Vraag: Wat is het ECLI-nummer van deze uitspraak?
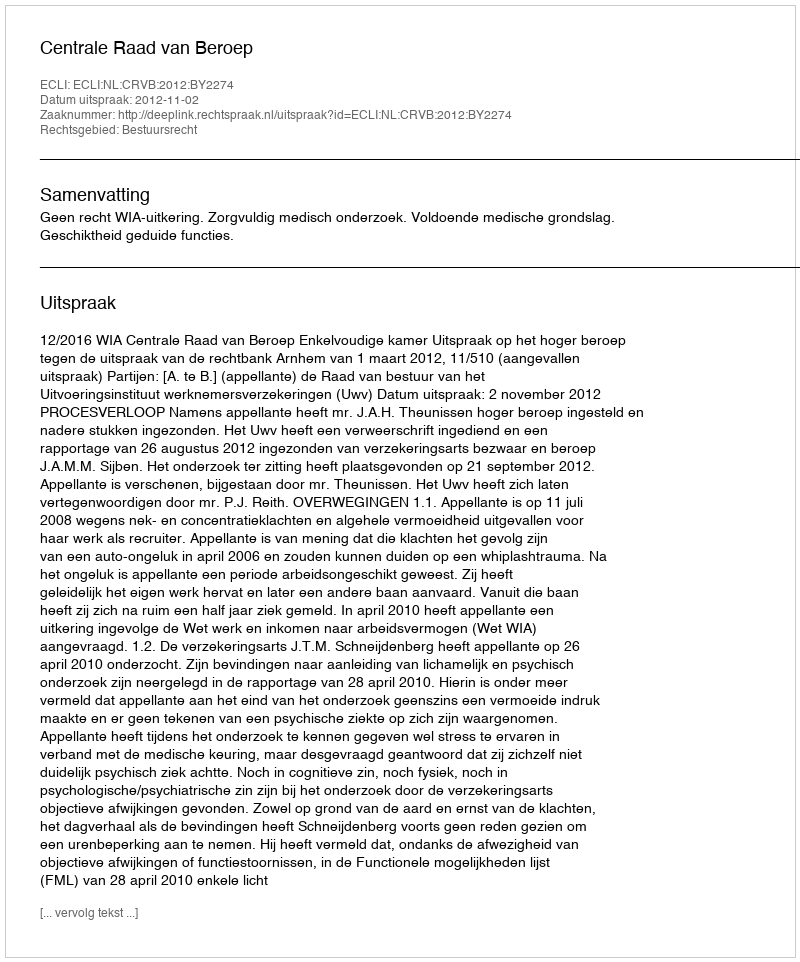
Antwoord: ECLI:NL:CRVB:2012:BY2274